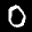
Label: 0